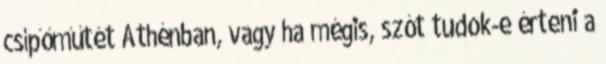
csípőműtét Athénban, vagy ha mégis, szót tudok-e érteni a